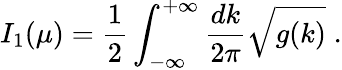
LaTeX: I_{1}(\mu)={\frac{1}{2}}\int_{-\infty}^{+\infty}\frac{dk}{2\pi}{\sqrt{g(k)}}\; .